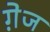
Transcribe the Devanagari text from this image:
गे़ज